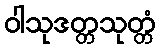
ဝါသုဒတ္တသုတ္တံ